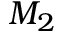
M _ { 2 }